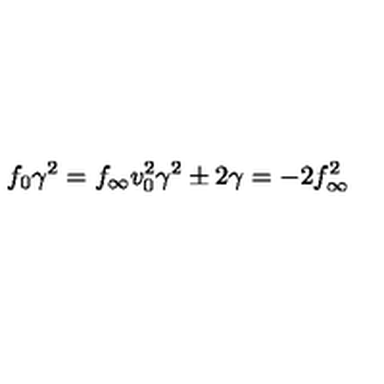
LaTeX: f _ { 0 } \gamma ^ { 2 } = f _ { \infty } v _ { 0 } ^ { 2 } \gamma ^ { 2 } \pm 2 \gamma = - 2 f _ { \infty } ^ { 2 }